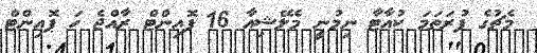
މެޗުގެ ފުރަތަމަ ކުއާޓާ ނިމުނީ މެލޭޝިއާ 16 ޕޮއިންޓް ރާއްޖެ ހަ ޕޮއިންޓް